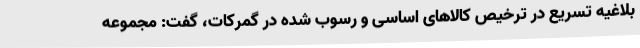
بلاغیه تسریع در ترخیص کالاهای اساسی و رسوب شده در گمرکات، گفت: مجموعه